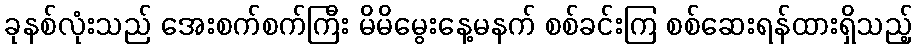
ခုနစ်လုံးသည် အေးစက်စက်ကြီး မိမိမွေးနေ့မနက် စစ်ခင်းကြ စစ်ဆေးရန်ထားရှိသည့်